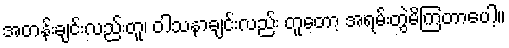
အတန်းချင်းလည်းတူ၊ ဝါသနာချင်းလည်း တူတော့ အရမ်းတွဲမိကြတာပေါ့။